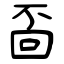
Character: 靣